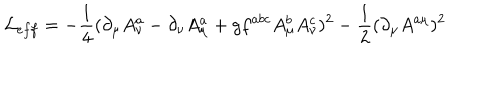
{ \cal L } _ { e f f } = - \frac { 1 } { 4 } ( \partial _ { \mu } A _ { \nu } ^ { a } - \partial _ { \nu } A _ { \mu } ^ { a } + g f ^ { a b c } A _ { \mu } ^ { b } A _ { \nu } ^ { c } ) ^ { 2 } - \frac { 1 } { 2 } ( \partial _ { \mu } A ^ { a \mu } ) ^ { 2 }